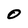
Character: 0